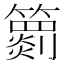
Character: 𥶖